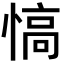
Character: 𢞟